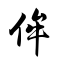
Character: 侔